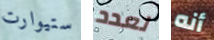
ستيوارت لعدد أنه